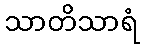
သာတိသာရံ